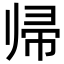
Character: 帰